Indian journal of veterinary science and animal husbandry - Volumes 18-21, 1948-1951
Year: 1948
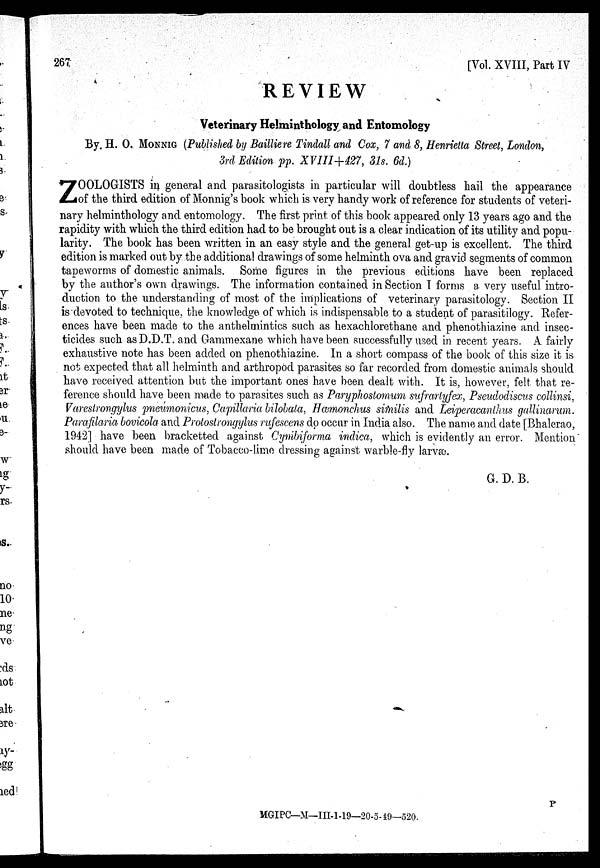
267
[Vol. XVIII, Part IV
REVIEW
Veterinary Helminthology and Entomology
By. H. O. MONNIG (Published by Bailliere Tindall and Cox, 7 and 8, Henrietta Street, London,
3rd Edition pp. XVIII+427, 31s. 6d.)
Z OOLOGISTS in general and parasitologists in particular will doubtless hail the appearance
of the third edition of Monnig's book which is very handy work of reference for students of veteri-
nary helminthology and entomology. The first print of this book appeared only 13 years ago and the
rapidity with which the third edition had to be brought out is a clear indication of its utility and popu-
larity. The book has been written in an easy style and the general get-up is excellent. The third
edition is marked out by the additional drawings of some helminth ova and gravid segments of common
tapeworms of domestic animals. Some figures in the previous editions have been replaced
by the author's own drawings. The information contained in Section I forms a very useful intro-
duction to the understanding of most of the implications of veterinary parasitology. Section II
is devoted to technique, the knowledge of which is indispensable to a student of parasitilogy. Refer-
ences have been made to the anthelmintics such as hexachlorethane and phenothiazine and insec-
ticides such as D.D.T. and Gammexane which have been successfully used in recent years. A fairly
exhaustive note has been added on phenothiazine. In a short compass of the book of this size it is
not expected that all helminth and arthropod parasites so far recorded from domestic animals should
have received attention but the important ones have been dealt with. It is, however, felt that re-
ference should have been made to parasites such as Paryphostomum sufrartyfex, Pseudodiscus collinsi,
Varestrongylus pneumonicus, Capillaria bilobata, Hæmonchus similis and Leiperacanthus gallinarum.
Parafilaria bovicola and Protostrongylus rufescens do occur in India also. The name and date [Bhalerao,
1942] have been bracketted against Cymbiforma indica, which is evidently an error. Mention
should have been made of Tobacco-lime dressing against warble-fly larvæ.
G. D. B.